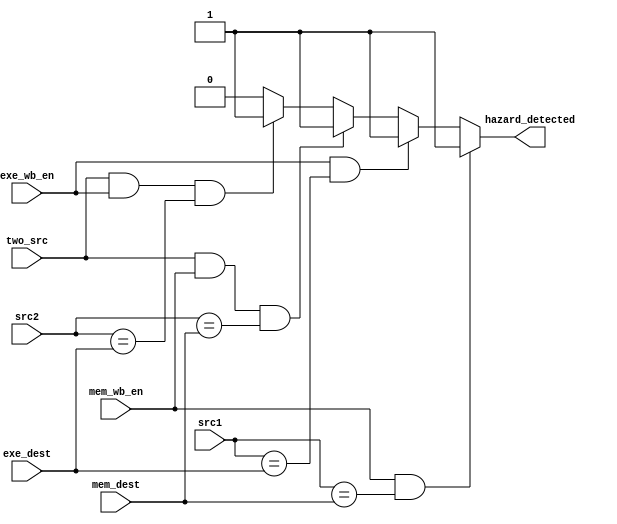
module hazard_detection_unit_old(
    input [3:0] src1,
    input [3:0] src2,
    input [3:0] exe_dest,
    input exe_wb_en,
    input mem_wb_en,
    input two_src,
    input [3:0] mem_dest,
    output reg hazard_detected
);

always @(*) begin
    if(mem_wb_en && src1 == mem_dest) begin
        hazard_detected <= 1;
    end else if(exe_wb_en && src1 == exe_dest) begin
        hazard_detected <= 1;
    end else if(two_src && mem_wb_en && src2 == mem_dest) begin
        hazard_detected <= 1;
    end else if(two_src && exe_wb_en && src2 == exe_dest) begin
        hazard_detected <= 1;
    end else begin
        hazard_detected <= 0;
    end
end

endmodule // hazard_detection_unit